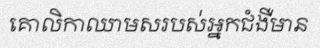
គោលិកាឈាមសរបស់អ្នកជំងឺមាន